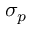
\sigma _ { p }